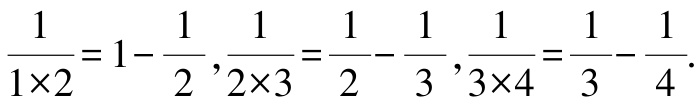
\(\frac{1}{1\times2}=1 - \frac{1}{2},\frac{1}{2\times3}=\frac{1}{2}-\frac{1}{3},\frac{1}{3\times4}=\frac{1}{3}-\frac{1}{4}.\)